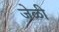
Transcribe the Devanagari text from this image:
जेळी